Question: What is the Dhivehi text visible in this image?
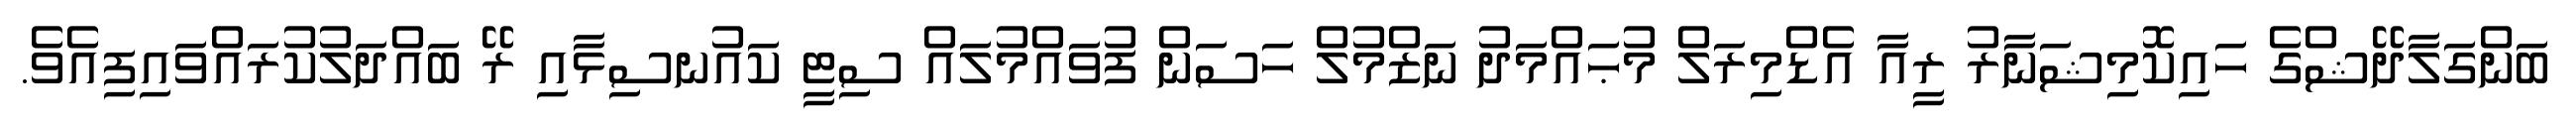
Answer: ބަންގަލާދޭޝްގެ ހައިކޮމިޝަނާރު ރީއާ އެޑްމިރަލް މުޙައްމަދު ނަޒްމުލް ހަސަން ފުވައްމުލައް ސިޓީ ކައުނސިޅާއި ރޭ ބައްދަލުކުރައްވައިފިއެވެ.